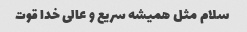
سلام مثل همیشه سریع و عالی خدا قوت